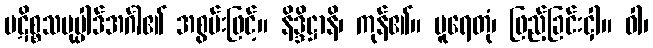
ပဋိစ္စသမုပ္ပါဒ်အင်္ဂါ၏ အစွမ်းဖြင့်။ နိဒ္ဒိဋ္ဌာနိ၊ ကုန်၏။ ပူရေတုံ၊ ဖြည့်ခြင်းငှါ။ ဝါ၊